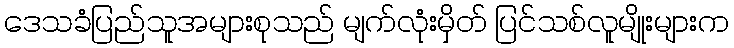
ဒေသခံပြည်သူအများစုသည် မျက်လုံးမှိတ် ပြင်သစ်လူမျိုးများက